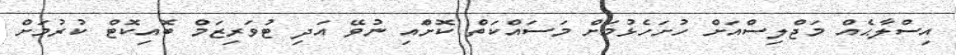
އިސްލާޙެއް މަޖްލިސްއަށް ހުށަހެޅުމަށް މަސައްކަތް ކޮށްައި ނުވޭ އަދި ޓުވަރިޒަަމް ބޮއިކޮޓް ކުރުމަށް